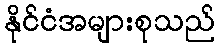
နိုင်ငံအများစုသည်